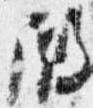
殿